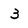
Character: 3